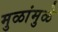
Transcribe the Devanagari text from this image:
मुळांमुळे